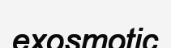
exosmotic